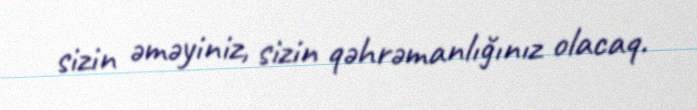
sizin əməyiniz, sizin qəhrəmanlığınız olacaq.